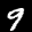
Label: 9